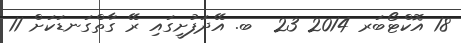
18 އޮކްޓޯބަރ 2014 23  ބ. އޭދަފުށީގައި ރޭ ގާތްގަނޑަކަށް 11